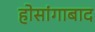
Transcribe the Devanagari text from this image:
होसांगाबाद